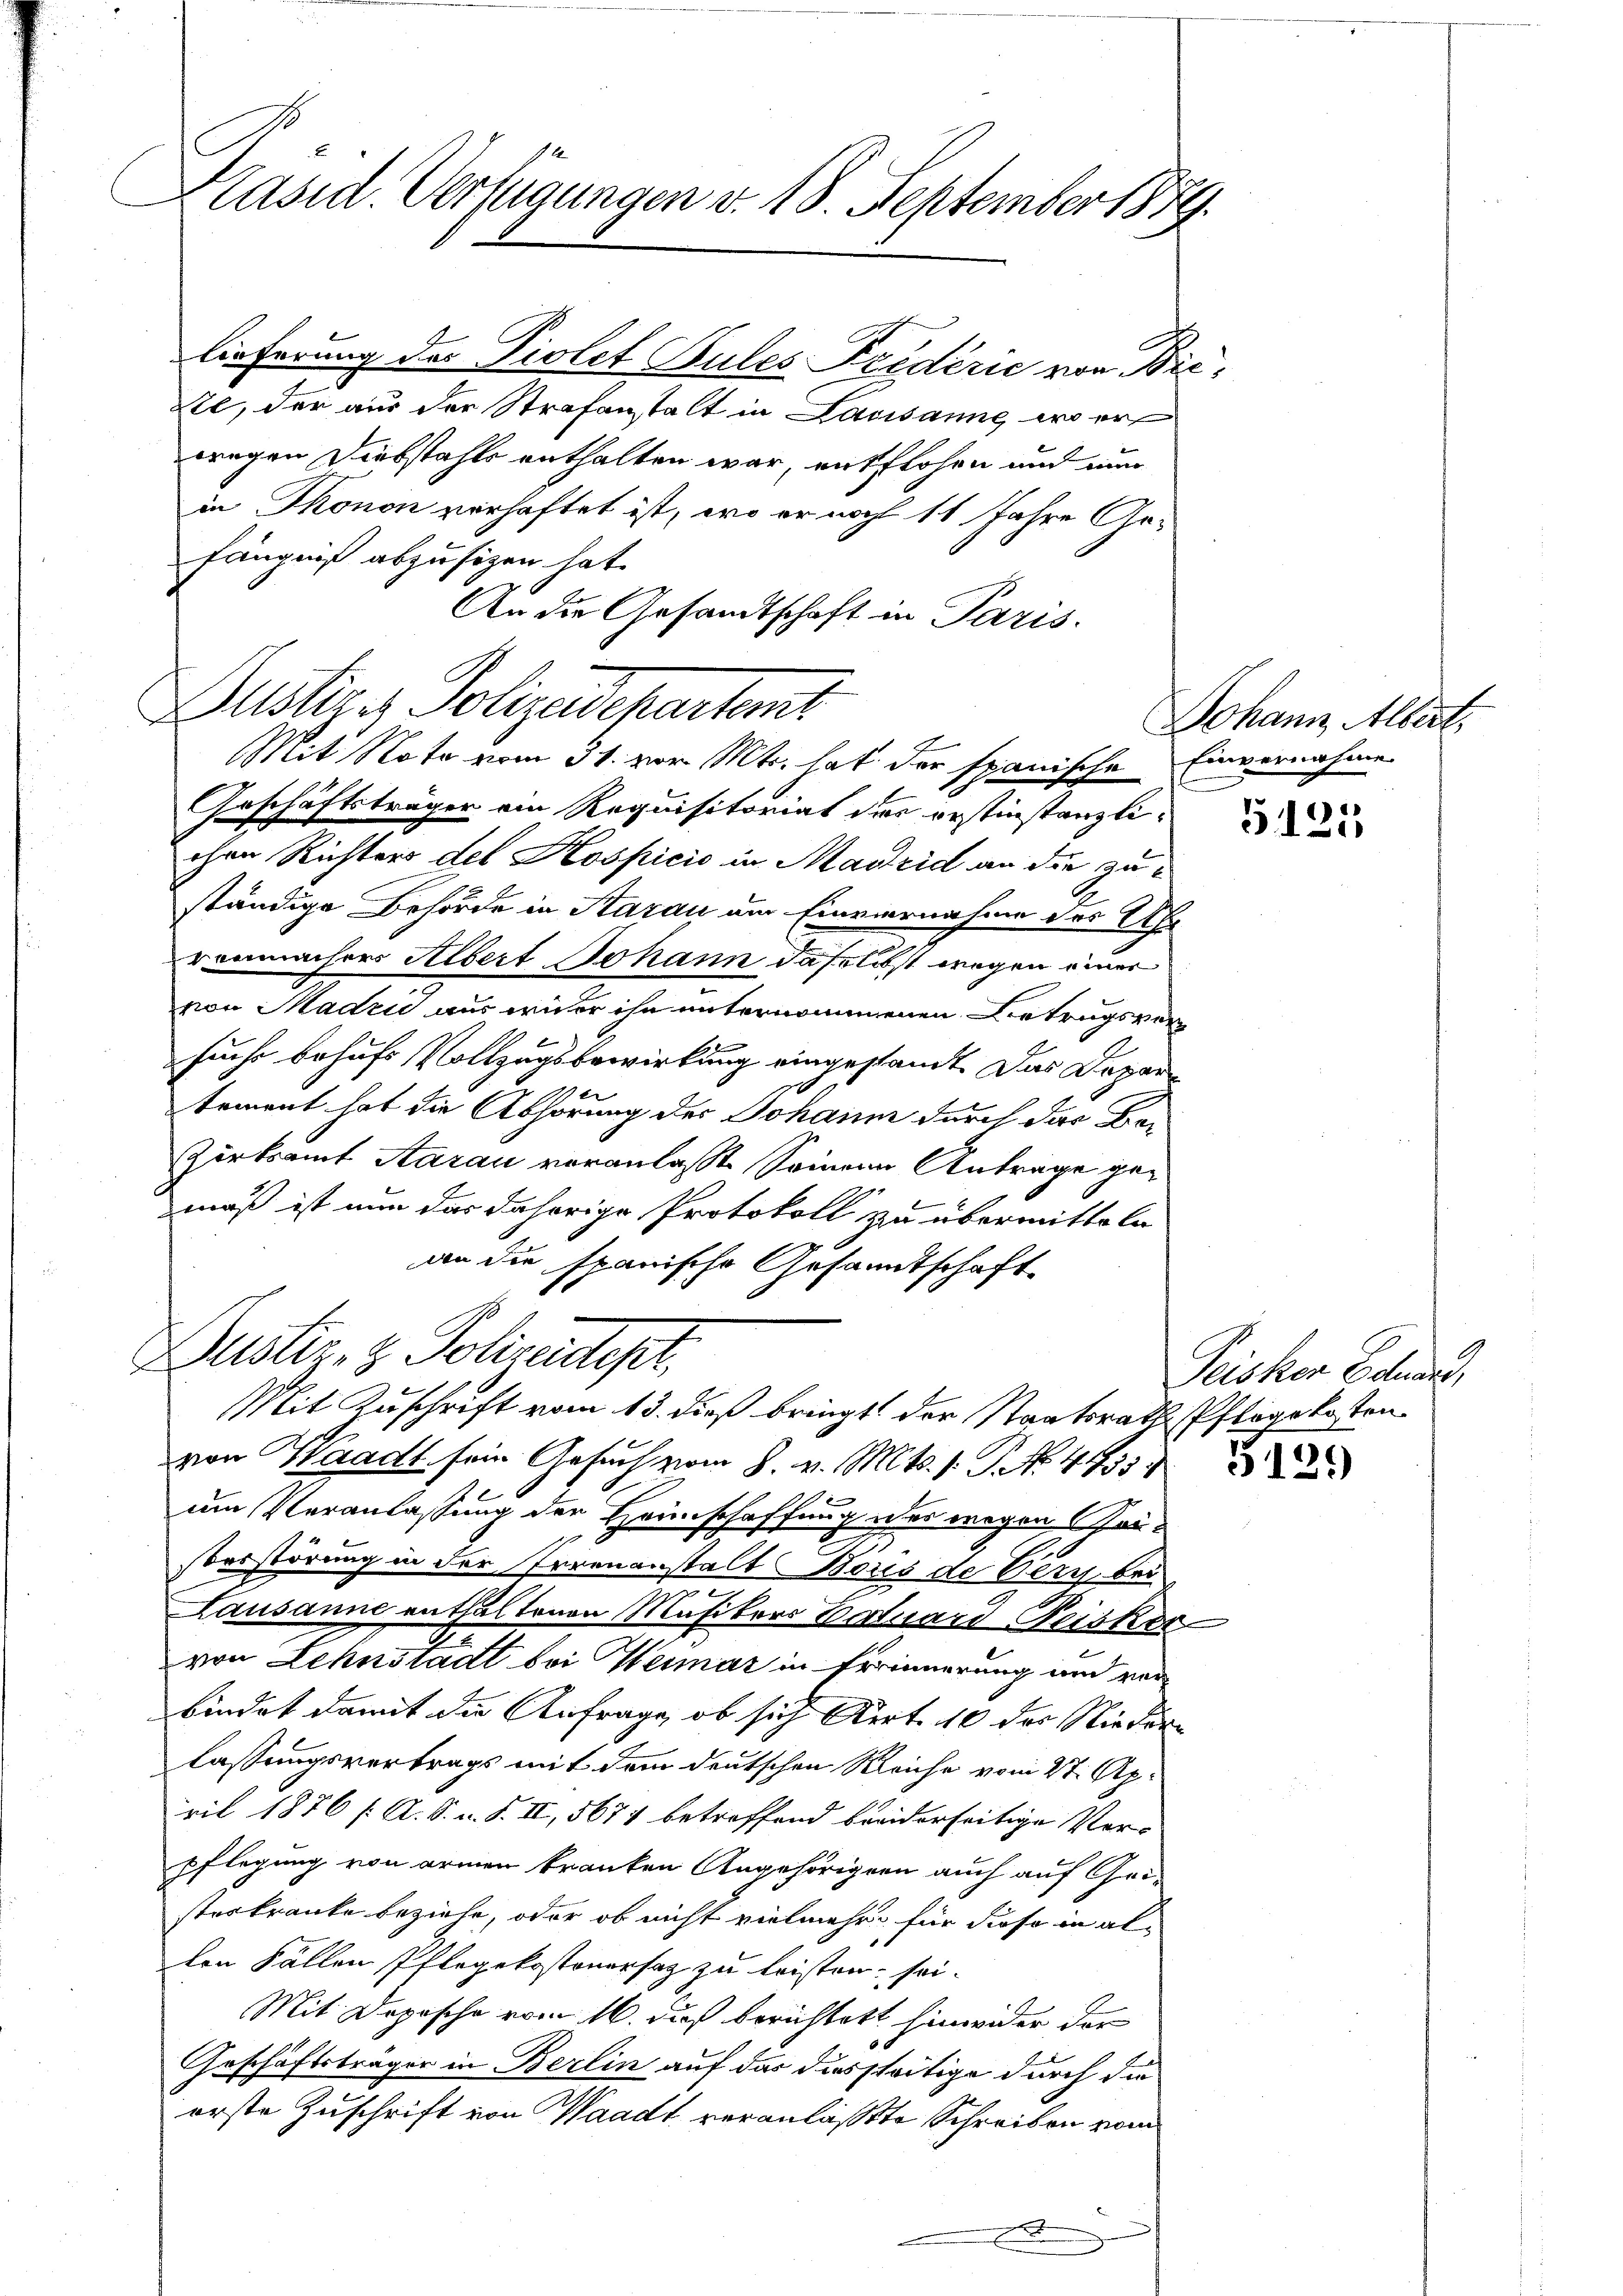
Käsid. Verfügungen v. 18. September 1879.

lieferung der Piolet Pules Friderić von Bieitl, der aus der Strafanstalt in Lausanne, wo er
wegen Diebstahls enthalten war, entflohen und nun
in Thonon verhaftet ist, wo er noch 11 Jahre Gefängniß abzusizen hat.
An die Gesandtschaft in Paris.
Geschäftsträger ein Requisitoriat der erstinstanzlichen Richters des Hospicio in Madrid an die zuständige Behörde in Sarau am Einvernahme des Uhr
renmachers Albert Johann daselbst wegen einer
von Madri aus wider ihn unternommenen Betrugsversuche behufs Vollzugsbewirkung eingestandt. Das Departement hat die Abhörung des Johann durch das Be¬
Zirksamt Aarau veranlaßt seinem Antrage gemäß ist nun das daherige Protokoll zu übermitteln
an die spanische Gesammtschaft
Dustiz- & Polizeidept,
Mit Zuschrift vom 13. dieß bringt der Staatsrathspflegekosten
von Waadt sein Gesuch vom 8. v. Mts. 1. No. 4735.
um Veranlassung der Heimschaffung der wegen Zeisbesstörung in der Irrenanstalt Bous de Verz bra
Lausanne enthaltenen Musikers Batuars Neisker
von Lehnstadt bei Heimar in Erinnerung und verbindet damit die Anfrage, ob sich Art. 10 der Nieder
lassungsvertrags mit dem deutschen Reiche vom 27. April 1876 /: A. S. u. S. II, 5674 betreffend beeiderseitige Verpflegung von armen tranken Angehörigern auch auf Geisterkranke beziehe, oder ob nicht vielmehr für diese in allen Fällen Pflegekostenersaz zu leisten sei¬
Mit Dopische vom 16. dus berichtet hinwider der
Geschäftsträger in Berlin auf das diessteitige durch die
orste Zuschrift von Waadt veranlaßte Schreiben vom

Justiz, Polizeidepartem
Mit Note vom 31. vor. Mts. hat der spanische Einvernahme

Johann, Albert.

1
5130

)
18:

Peisker Eduard,